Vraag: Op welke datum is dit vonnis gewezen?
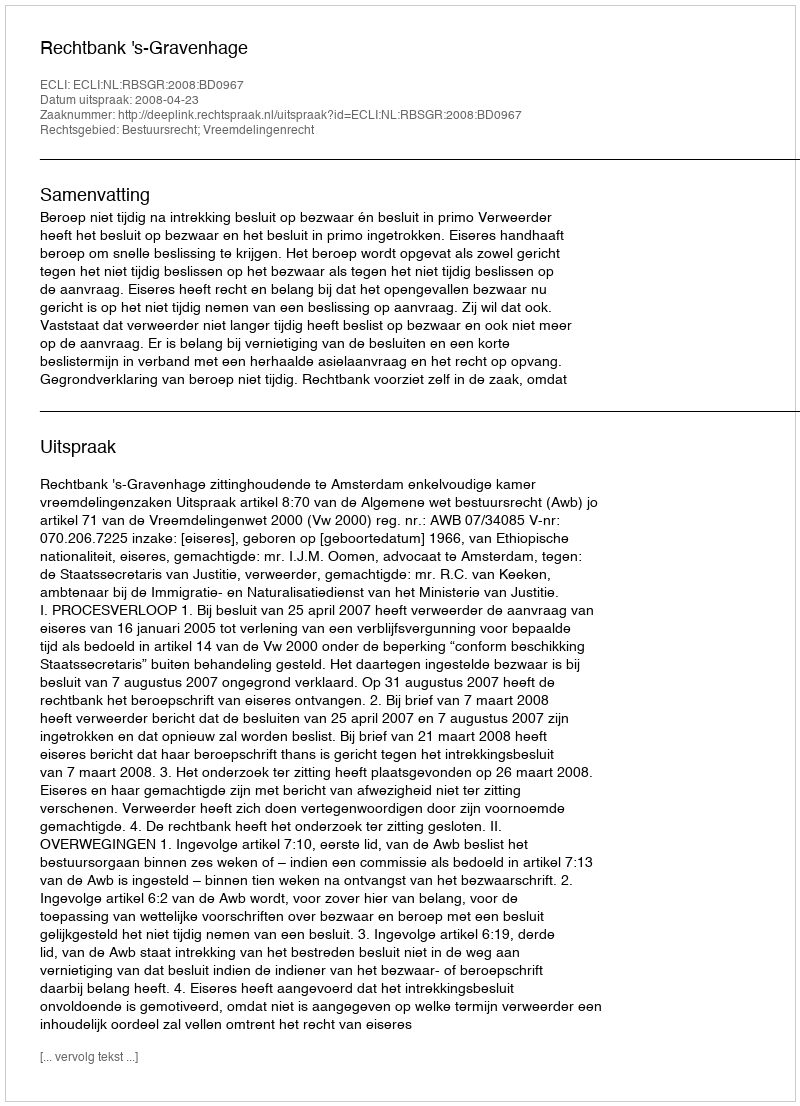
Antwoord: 2008-04-23